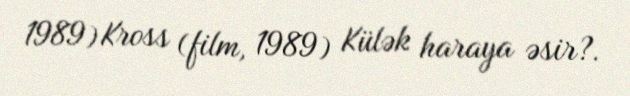
1989) Kross (film, 1989) Külək haraya əsir?.